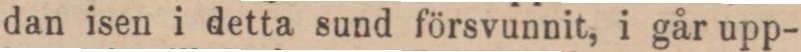
dan isen i detta sund försvunnit, i går upp-